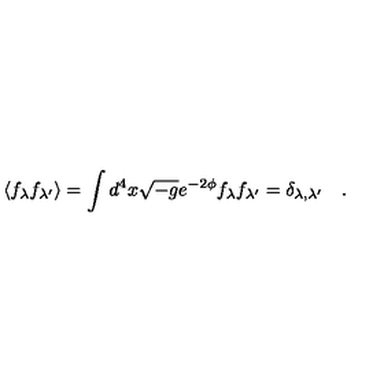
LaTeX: \langle f _ { \lambda } f _ { \lambda ^ { \prime } } \rangle = \int d ^ { 4 } x \sqrt { - g } e ^ { - 2 \phi } f _ { \lambda } f _ { \lambda ^ { \prime } } = \delta _ { \lambda , \lambda ^ { \prime } } \quad .